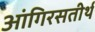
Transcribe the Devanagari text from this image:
आंगिरसतीर्थ